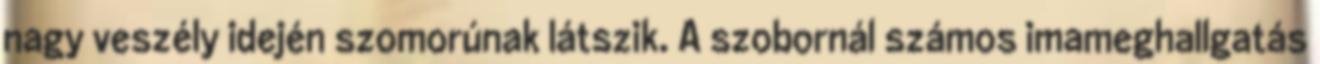
nagy veszély idején szomorúnak látszik. A szobornál számos imameghallgatás